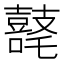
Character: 𪔘